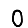
Digit: 0